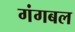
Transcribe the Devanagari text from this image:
गंगबल